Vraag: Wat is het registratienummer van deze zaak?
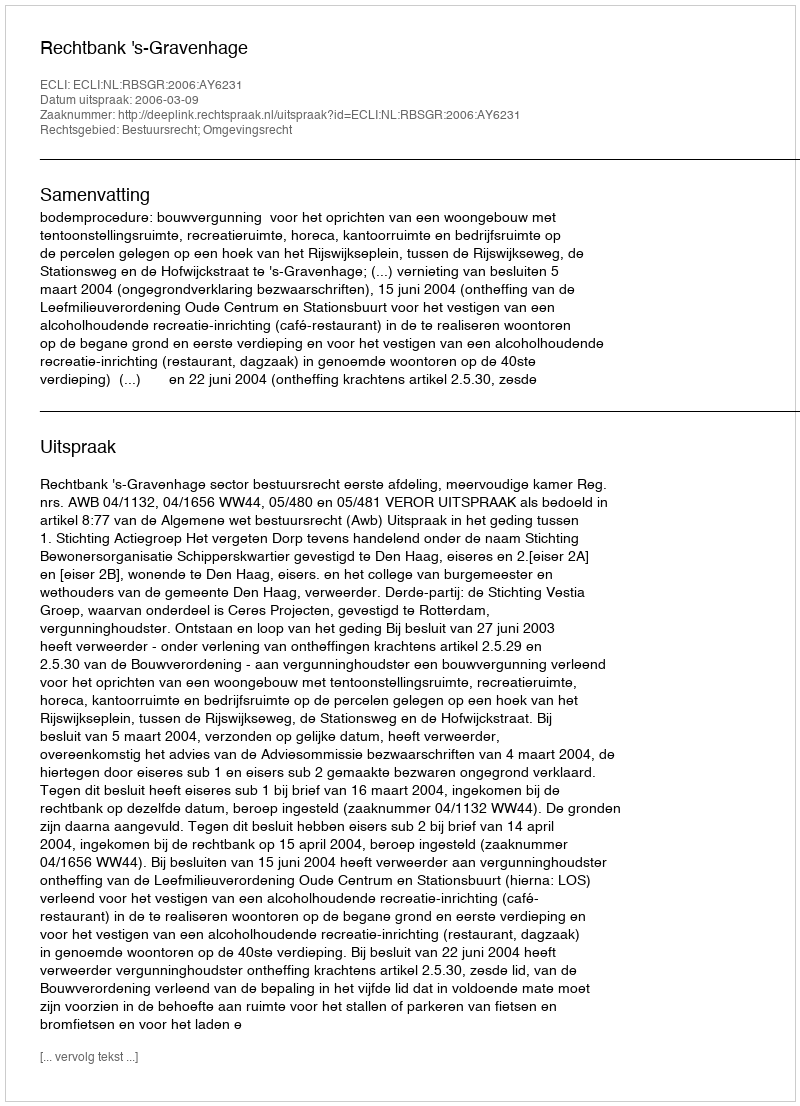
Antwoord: http://deeplink.rechtspraak.nl/uitspraak?id=ECLI:NL:RBSGR:2006:AY6231